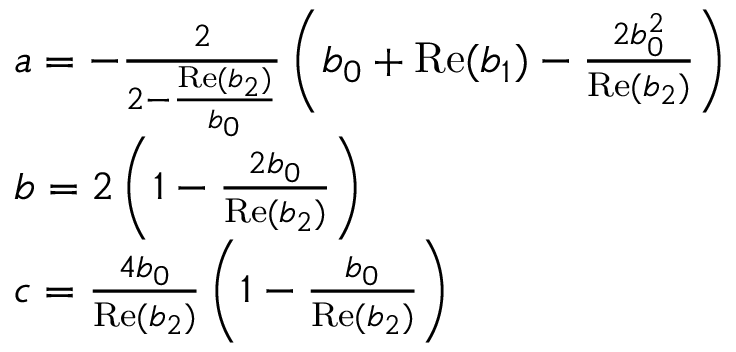
\begin{array} { r l } & { a = - \frac { 2 } { 2 - \frac { \mathrm { R e } ( b _ { 2 } ) } { b _ { 0 } } } \left( b _ { 0 } + \mathrm { R e } ( b _ { 1 } ) - \frac { 2 b _ { 0 } ^ { 2 } } { \mathrm { R e } ( b _ { 2 } ) } \right) } \\ & { b = 2 \left( 1 - \frac { 2 b _ { 0 } } { \mathrm { R e } ( b _ { 2 } ) } \right) } \\ & { c = \frac { 4 b _ { 0 } } { \mathrm { R e } ( b _ { 2 } ) } \left( 1 - \frac { b _ { 0 } } { \mathrm { R e } ( b _ { 2 } ) } \right) } \end{array}